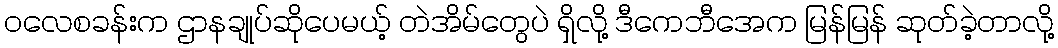
ဝလေစခန်းက ဌာနချုပ်ဆိုပေမယ့် တဲအိမ်တွေပဲ ရှိလို့ ဒီကေဘီအေက မြန်မြန် ဆုတ်ခဲ့တာလို့